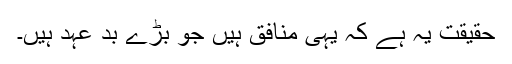
حقیقت یہ ہے کہ یہی منافق ہیں جو بڑے بد عہد ہیں۔